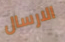
الارسال